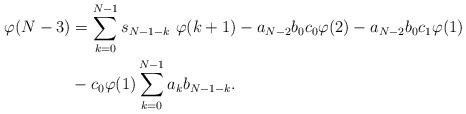
LaTeX: \begin{align*}\varphi(N-3)&=\sum_{k=0}^{N-1}s_{N-1-k}\ \varphi (k+1)-a_{N-2}b_0c_0\varphi(2)-a_{N-2}b_0c_1\varphi(1)\\&-c_0\varphi(1)\sum_{k=0}^{N-1}a_kb_{N-1-k}.\end{align*}